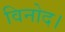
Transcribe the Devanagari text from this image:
विनोद।